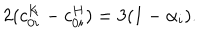
2 ( c _ { 0 i } ^ { K } - c _ { 0 i } ^ { H } ) = 3 ( 1 - \alpha _ { i } ) .